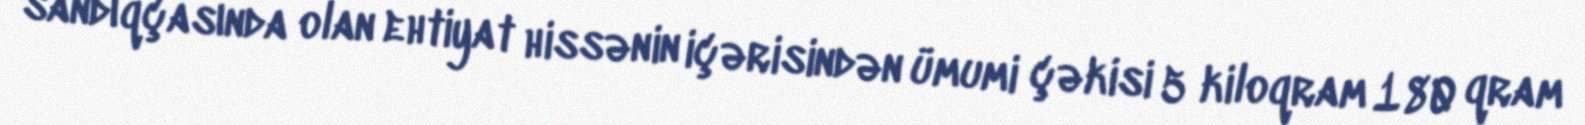
sandıqçasında olan ehtiyat hissənin içərisindən ümumi çəkisi 5 kiloqram 180 qram